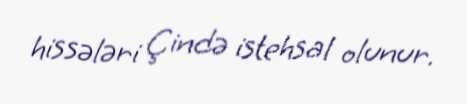
hissələri Çində istehsal olunur.